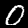
Label: 0